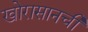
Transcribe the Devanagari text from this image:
खोरासानची